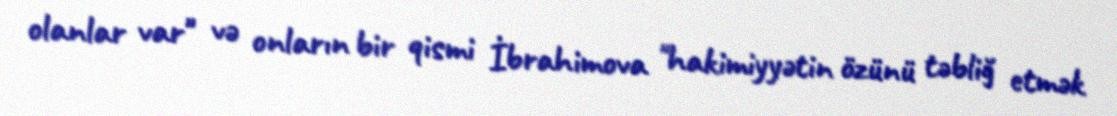
olanlar var" və onların bir qismi İbrahimova "hakimiyyətin özünü təbliğ etmək